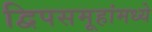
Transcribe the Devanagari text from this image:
द्विपसमूहांमध्ये